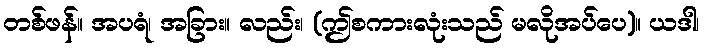
တစ်ဖန်။ အပရံ၊ အခြား။ လည်း၊ (ဤစကားလုံးသည် မလိုအပ်ပေ)။ ယဒါ၊